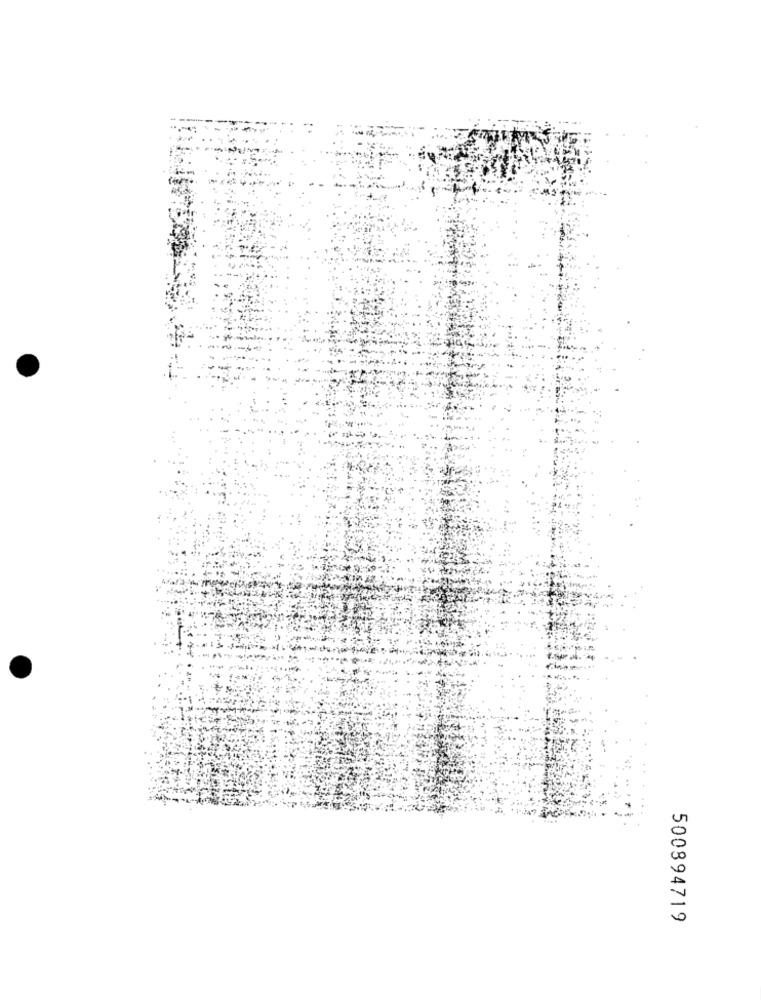
500894719